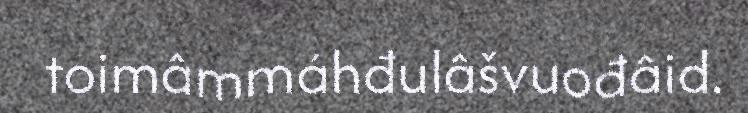
toimâmmáhđulâšvuođâid.